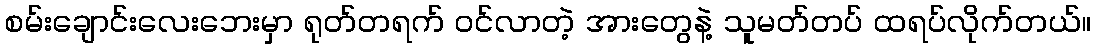
စမ်းချောင်းလေးဘေးမှာ ရုတ်တရက် ဝင်လာတဲ့ အားတွေနဲ့ သူမတ်တပ် ထရပ်လိုက်တယ်။